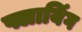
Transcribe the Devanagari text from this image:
फ्लायिंग